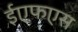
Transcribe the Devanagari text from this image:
ईएफएस